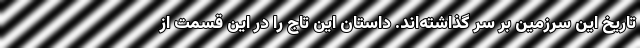
تاریخ این سرزمین بر سر گذاشته‌اند. داستان این تاج را در این قسمت از